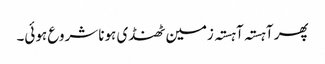
پھر آہستہ آہستہ زمین ٹھنڈی ہونا شروع ہوئی۔